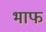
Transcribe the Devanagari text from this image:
भाफ